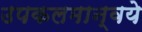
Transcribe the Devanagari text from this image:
उपकलमान्वये